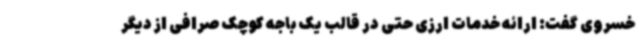
خسروی گفت: ارائه خدمات ارزی حتی در قالب یک باجه کوچک صرافی از دیگر